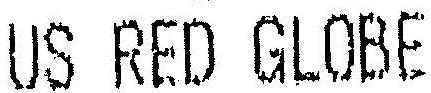
US RED GLOBE